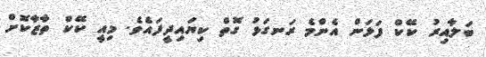
ބަލާއިރު ކޭކް ފަޅަން އެންމެ ރަނގަޅު ގޮތް ކިޔައިދީފައެވެ. މިއީ ކޭކް ތާޒާކޮށް